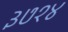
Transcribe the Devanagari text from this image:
३७१४